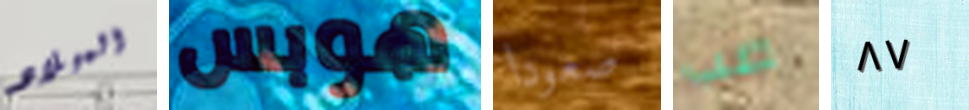
الميلاد هوبس صعودا صب ٨٧